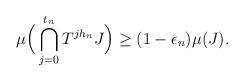
LaTeX: \begin{align*}\mu\Big(\bigcap_{j=0}^{t_n}T^{jh_n}J\Big) \geq (1-\epsilon_n)\mu(J).\end{align*}